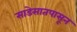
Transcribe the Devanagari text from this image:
साडेसातपासून